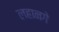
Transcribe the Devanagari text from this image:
लहानगे